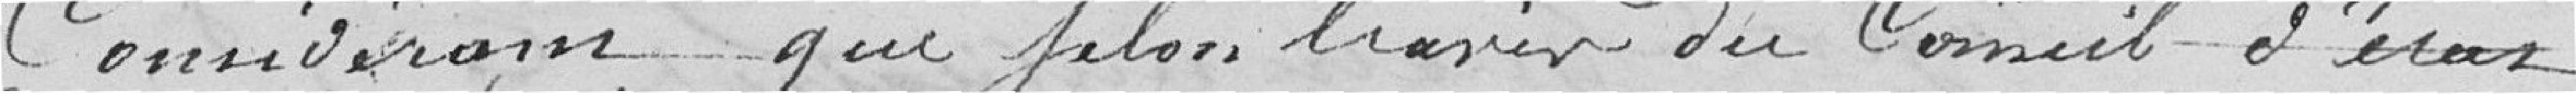
Considérons que du Conseil d'éras